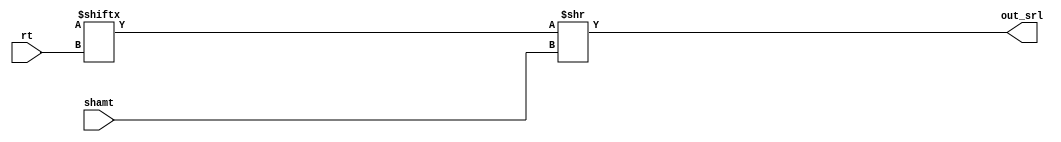
module srl
(
	input [4:0] rt, shamt,
	output [31:0] out_srl
);
assign out_srl = glob.r[rt] >> shamt;
endmodule